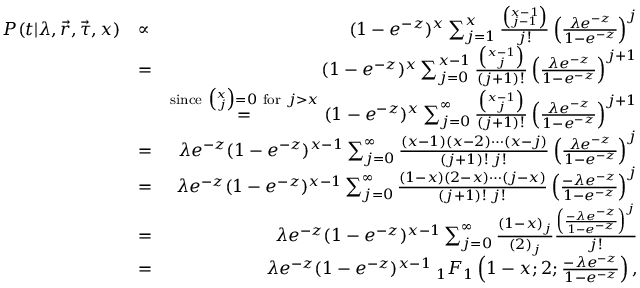
\begin{array} { r l r } { P ( t | \lambda , \vec { r } , \vec { \tau } , x ) } & { \propto } & { ( 1 - e ^ { - z } ) ^ { x } \sum _ { j = 1 } ^ { x } \frac { \binom { x - 1 } { j - 1 } } { j ! } \left( \frac { \lambda e ^ { - z } } { 1 - e ^ { - z } } \right) ^ { j } } \\ & { = } & { ( 1 - e ^ { - z } ) ^ { x } \sum _ { j = 0 } ^ { x - 1 } \frac { \binom { x - 1 } { j } } { ( j + 1 ) ! } \left( \frac { \lambda e ^ { - z } } { 1 - e ^ { - z } } \right) ^ { j + 1 } } \\ & { } & { \stackrel { \mathrm { s i n c e ~ } \binom { x } { j } = 0 \mathrm { ~ f o r ~ } j > x } { = } ( 1 - e ^ { - z } ) ^ { x } \sum _ { j = 0 } ^ { \infty } \frac { \binom { x - 1 } { j } } { ( j + 1 ) ! } \left( \frac { \lambda e ^ { - z } } { 1 - e ^ { - z } } \right) ^ { j + 1 } } \\ & { = } & { \lambda e ^ { - z } ( 1 - e ^ { - z } ) ^ { x - 1 } \sum _ { j = 0 } ^ { \infty } \frac { ( x - 1 ) ( x - 2 ) \cdots ( x - j ) } { ( j + 1 ) ! \: j ! } \left( \frac { \lambda e ^ { - z } } { 1 - e ^ { - z } } \right) ^ { j } } \\ & { = } & { \lambda e ^ { - z } ( 1 - e ^ { - z } ) ^ { x - 1 } \sum _ { j = 0 } ^ { \infty } \frac { ( 1 - x ) ( 2 - x ) \cdots ( j - x ) } { ( j + 1 ) ! \: j ! } \left( \frac { - \lambda e ^ { - z } } { 1 - e ^ { - z } } \right) ^ { j } } \\ & { = } & { \lambda e ^ { - z } ( 1 - e ^ { - z } ) ^ { x - 1 } \sum _ { j = 0 } ^ { \infty } \frac { ( 1 - x ) _ { j } } { ( 2 ) _ { j } } \frac { \left( \frac { - \lambda e ^ { - z } } { 1 - e ^ { - z } } \right) ^ { j } } { j ! } } \\ & { = } & { \lambda e ^ { - z } ( 1 - e ^ { - z } ) ^ { x - 1 } \: _ { 1 } F _ { 1 } \left( 1 - x ; 2 ; \frac { - \lambda e ^ { - z } } { 1 - e ^ { - z } } \right) , } \end{array}